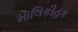
માલિકીહક